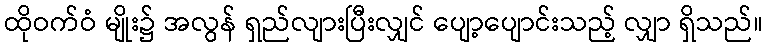
ထိုဝက်ဝံ မျိုး၌ အလွန် ရှည်လျားပြီးလျှင် ပျော့ပျောင်းသည့် လျှာ ရှိသည်။